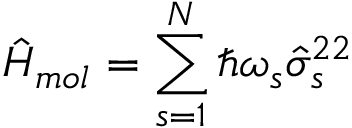
\hat { H } _ { m o l } = \sum _ { s = 1 } ^ { N } \hbar \omega _ { s } \hat { \sigma } _ { s } ^ { 2 2 }